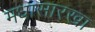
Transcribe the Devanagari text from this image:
मधासारखा